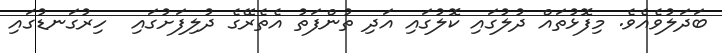
ބަދަލުވެއެވެ. މިފޮޅުތައް ދުލުގައި ކޮލުގައި އަދި ތުންފަތު އެތެރޭގެ ދުލިފަށުގައި  ހިރުގަނޑުގައި